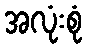
အလုံးစုံ